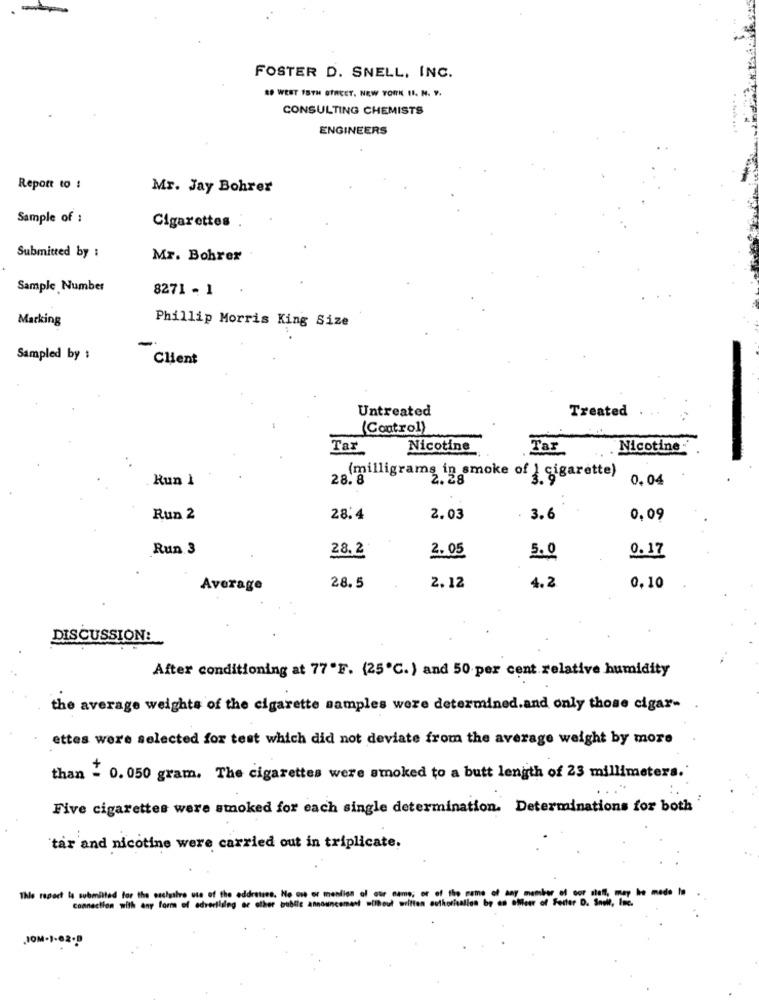
FOSTER D. SNELL, INC.
SO WEST 15TH STREET, NEW YORK II. N. Y.
CONSULTING CHEMISTS
ENGINEERS
Report to :
Mr. Jay Bohrer
Sample of :
Cigarettes
Submitted by :
Mr. Bohrer
Sample Number
8271 - 1
Marking
Phillip Morris King Size
Sampled by :
Client
Untreated
Treated
(Control)
Tar
Nicotine
Tas
Nicotine
Run 1
28. 8
(milligrams in smoke of ) cigarette)
0.04
Run 2
28.4
2.03
3.6
0,09
Run 3
28.2
2.05
5.0
0.17
4.2
Average
28.5
2.12
0,10
DISCUSSION:
After conditioning at 77"F. (25℃.) and 50 per cent relative humidity
the average weights of the cigarette samples were determined.and only those cigar-
ettes were selected for test which did not deviate from the average weight by more
than - 0. 050 gram. The cigarettes were smoked to a butt length of 25 millimeters.
Five cigarettes were smoked for each single determination. Determinations for both
'tar and nicotine were carried out in triplicate.
This report la submitted for the exclusive use of the eddratses. No one or mention of o
Connection with any form of advertising or other public announcement .ilhout written authorisallen by an Omeer of Fecter D. "atie, una, be made In
JOM-1-82.